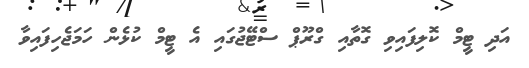
އަދި ޓީމް ކޮލިފައިވި ގޮތާއި ގްރޫޕް ސްޓޭޖުގައި އެ ޓީމް ކުޅެން ހަމަޖެހިފައިވާ